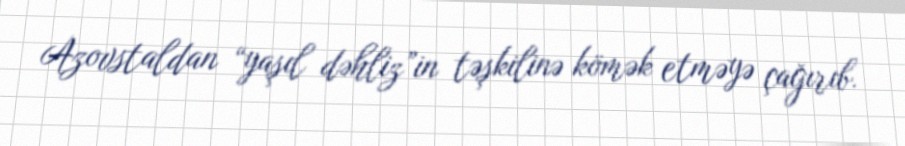
Azovstaldan “yaşıl dəhliz”in təşkilinə kömək etməyə çağırıb.